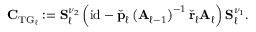
\begin{array} { r } { \boldsymbol { \mathbf { \check { C } } } _ { \mathrm { T G } _ { \ell } } : = \boldsymbol { \mathbf { \check { S } } } _ { \ell } ^ { \nu _ { 2 } } \left( \mathrm { i d } - \check { \boldsymbol { \mathbf { p } } } _ { \ell } \left( \boldsymbol { \mathbf { \check { A } } } _ { \ell - 1 } \right) ^ { - 1 } \check { \boldsymbol { \mathbf { r } } } _ { \ell } \boldsymbol { \mathbf { \check { A } } } _ { \ell } \right) \boldsymbol { \mathbf { \check { S } } } _ { \ell } ^ { \nu _ { 1 } } . } \end{array}